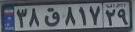
۳۸ق۸۱۷۲۹